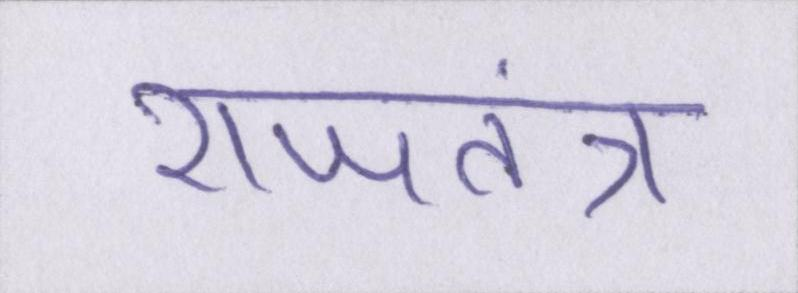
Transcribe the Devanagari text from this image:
राजतंत्र